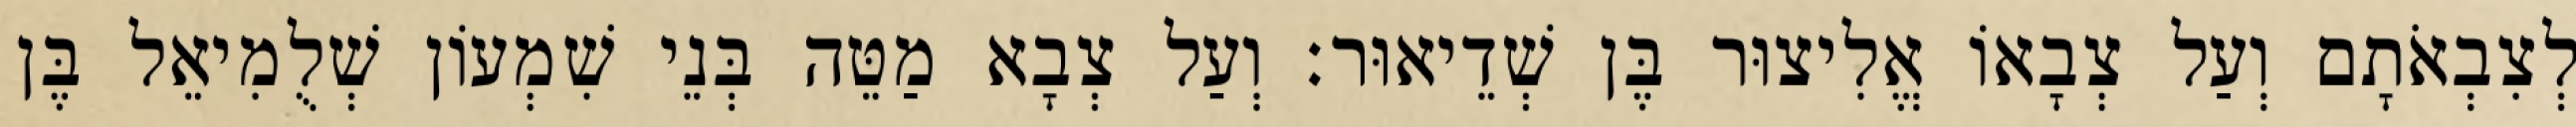
לְצִבְאֹתָם וְעַל צְבָאוֹ אֱלִיצוּר בֶּן שְׁדֵיאוּר׃ וְעַל צְבָא מַטֵּה בְּנֵי שִׁמְעוֹן שְׁלֻמִיאֵל בֶּן